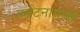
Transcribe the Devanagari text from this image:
पर्यटनामध्ये